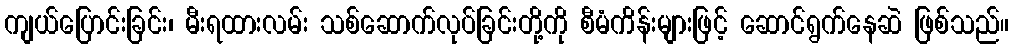
ကျယ်ပြောင်းခြင်း၊ မီးရထားလမ်း သစ်ဆောက်လုပ်ခြင်းတို့ကို စီမံကိန်းများဖြင့် ဆောင်ရွက်နေဆဲ ဖြစ်သည်။